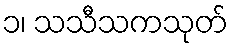
၁၊ သသီသကသုတ်